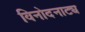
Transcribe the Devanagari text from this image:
विनोदनाट्य